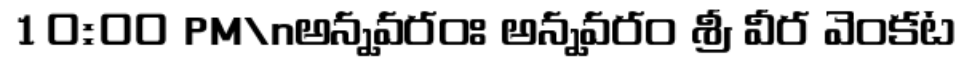
10:00 PM\nఅన్నవరంః అన్నవరం శ్రీ వీర వెంకట